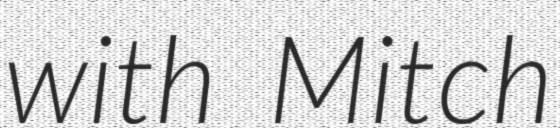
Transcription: with Mitch